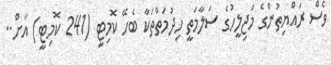
ވެސް ރައްޔިތުންގެ މަޖިލީހުގެ ސަލާމަތީ ހިދުމަތްތަކާ ބެހޭ ކޮމިޓީ (241 ކޮމިޓީ) އަށް..